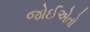
જોઈએતો